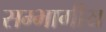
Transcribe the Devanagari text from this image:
सम्भागीय